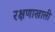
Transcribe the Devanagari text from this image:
रक्षणाखाली